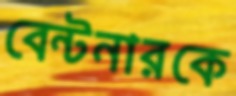
বেন্টনারকে